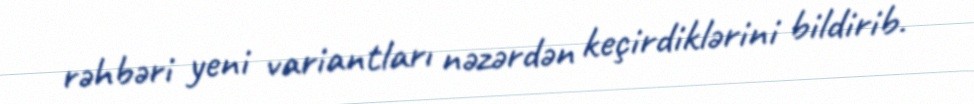
rəhbəri yeni variantları nəzərdən keçirdiklərini bildirib.